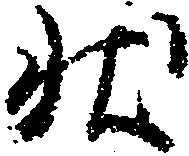
状